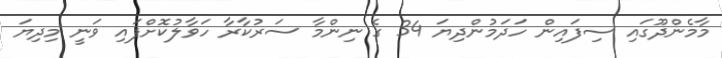
މާމެންދޫގައި ސިފައިން ހަދަމުންދިޔަ 34 ގެ ނިންމާ ސަރުކާރާ ހަވާލުކޮށްފައި ވަނީ މިދިޔަ